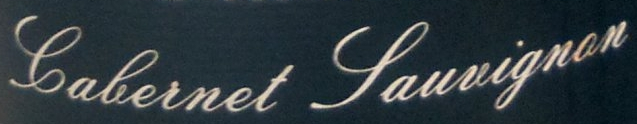
Calernet Fauvignon